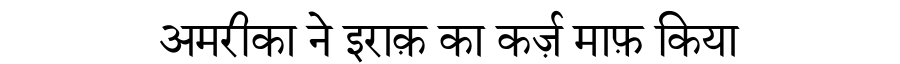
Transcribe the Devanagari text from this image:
अमरीका ने इराक़ का कर्ज़ माफ़ किया